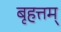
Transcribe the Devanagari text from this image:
बृहत्तम्